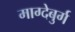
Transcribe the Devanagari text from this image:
माग्देबुर्ग